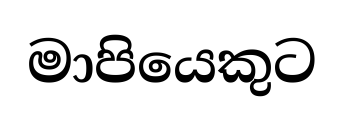
මාපියෙකුට